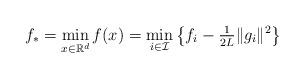
LaTeX: \begin{align*} f_* = \min_{x\in\mathbb{R}^d} f(x) = \min_{i\in \mathcal{I}} \big\{ f_i - \tfrac{1}{2L} \|g_i\|^2 \big\}\end{align*}